Rules regarding the measures to be adopted on the outbreak of cholera or appearance of small-pox
Disease focus: Cholera
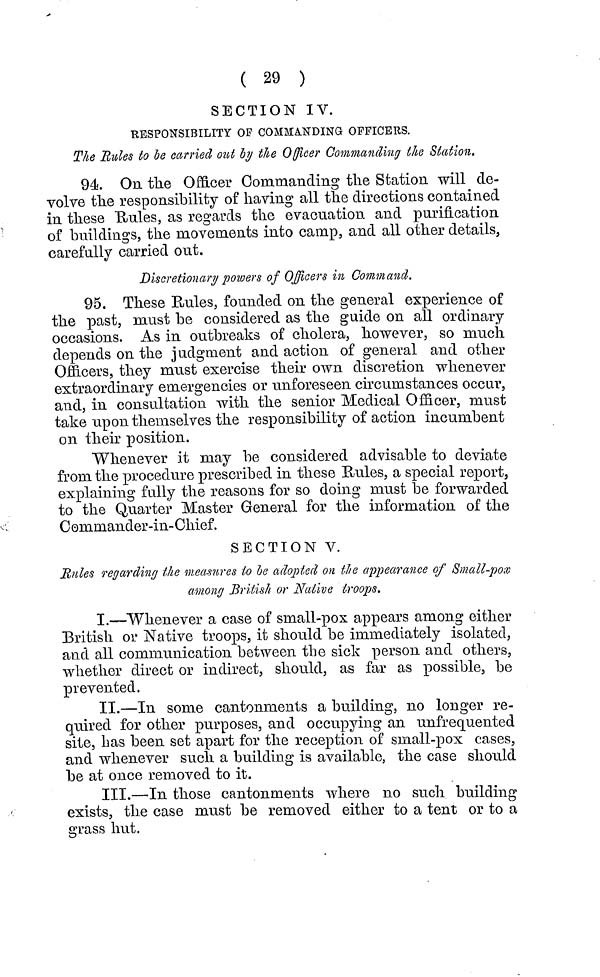
( 29 )
SECTION IV.
RESPONSIBILITY OF COMMANDING OFFICERS.
The Rules to be carried oui by the Officer Commanding the Station.
94. On the Officer Commanding the Station will de-
Yolve the responsibility of having all the directions contained
in these Hules, as regards the evacuation and purification
of buildings, the movements into camp, and all other details,
carefully carried out.
Discretionary powers of Officers in Command.
95. These Rules, founded on the general experience of
the past, must be considered as the guide on all ordinary
occasions. As in outbreaks of cholera, however, so much
depends on the judgment and action of general and other
Officers, they must exercise their own discretion whenever
extraordinary emergencies or unforeseen circumstances occur,
and, in consultation with the senior Medical Officer, must
take upon themselves the responsibility of action incumbent
on their position.
Whenever it may be considered advisable to deviate
from the procedure prescribed in these Suies, a special report,
explaining fully the reasons for so doing must be forwarded
to the Quarter Master General for the information of the
Comniander-in- Chief.
SECTION V.
Rules regarding the measures to le adopted on the appearance of Small-pox
among British or Native troops.
I.—Whenever a case of small-pox appears among either
British or Native troops, it should be immediately isolated,
and all communication between the sick person and others,
whether direct or indirect, should, as far as possible, be
prevented.
II.—In some cantonments a building, no longer re-
quired for other purposes, and occupying an unfrequented
site, has been set apart for the reception of small-pox cases,
and whenever such a building is available, the case should
be at once removed to it.
III.—In those cantonments where no such building
exists, the case must be removed either to a tent or to a
grass hut.